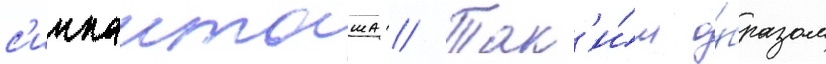
с'иипанташа // Так'и́м о́бразом